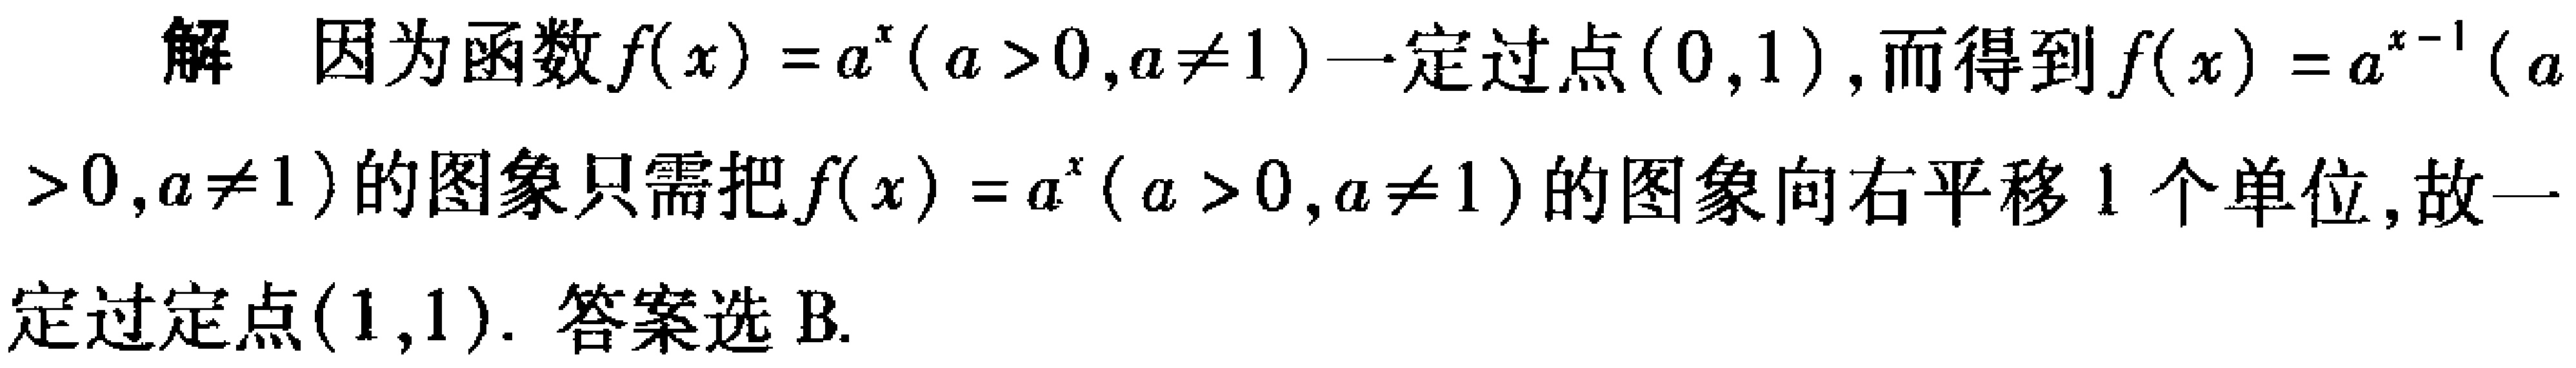
解 因为函数\(f(x)=a^{x}(a > 0,a\neq1)\)一定过点\((0,1)\)，而得到\(f(x)=a^{x - 1}(a>0,a\neq1)\)的图象只需把\(f(x)=a^{x}(a > 0,a\neq1)\)的图象向右平移\(1\)个单位,故一定过定点\((1,1)\). 答案选B.